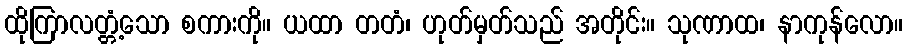
ထိုကြာလတ္တံ့သော စကားကို။ ယထာ တတံ၊ ဟုတ်မှတ်သည် အတိုင်း။ သုဏာထ၊ နာကုန်လော။